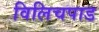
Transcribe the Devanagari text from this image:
विलिचपाड